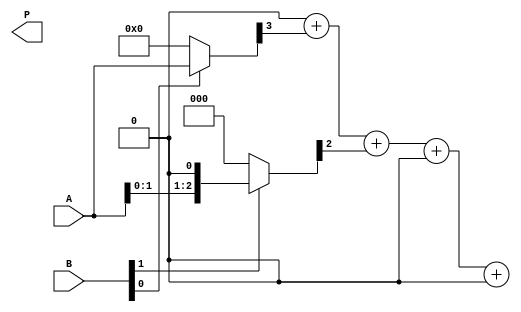
module array_multiplier #(parameter A_WIDTH = 4, parameter B_WIDTH = 4)(
    input [A_WIDTH-1:0] A, // m-bit input A
    input [B_WIDTH-1:0] B, // n-bit input B
    output reg [A_WIDTH + B_WIDTH - 1:0] P // m+n-bit output P
);
    // Intermediate partial products
    reg [A_WIDTH-1:0] partial_product[B_WIDTH-1:0];

    integer i, j;

    always @* begin
        // Initialize the product to zero
        P = 0;

        // Generate partial products
        for (i = 0; i < B_WIDTH; i = i + 1) begin
            if (B[i]) begin
                partial_product[i] = A << i; // Shift A by i positions
            end else begin
                partial_product[i] = 0; // If B[i] is not set, the partial product is zero
            end
        end

        // Sum the partial products
        for (j = 0; j < A_WIDTH + B_WIDTH; j = j + 1) begin
            for (i = 0; i < B_WIDTH; i = i + 1) begin
                // Add up the partial products
                if (j < A_WIDTH && j < (i + A_WIDTH)) begin
                    P[j] = P[j] + partial_product[i][j-i];
                end
            end
        end
    end
endmodule